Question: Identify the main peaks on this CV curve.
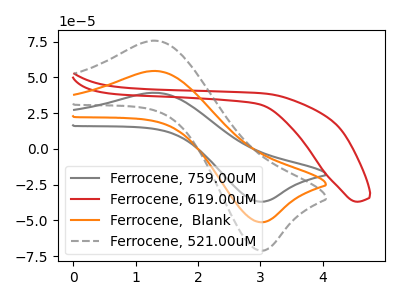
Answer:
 <answer>The gray curve "Ferrocene, 759.00uM" has an anodic peak at (1.35V, 39.25uA) and a cathodic peak at (3.00V, -36.85uA). The red curve "Ferrocene, 619.00uM" has no peaks. The orange curve "Ferrocene,  Blank" has an anodic peak at (1.35V, 54.45uA) and a cathodic peak at (3.00V, -51.15uA). The gray dashed curve "Ferrocene, 521.00uM" has an anodic peak at (1.35V, 108.95uA) and a cathodic peak at (3.00V, -102.30uA).</answer>
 <eval></eval>